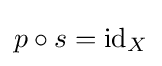
p\circ s=\operatorname {id} _{X}